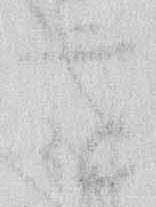
を